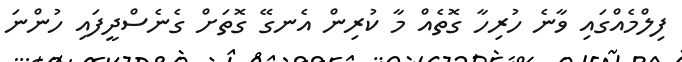
ފިލްމެއްގައި ވާނެ ހުރިހާ ގޮތެއް މާ ކުރިން އެނގޭ ގޮތަށް ގެނެސްދީފައި ހުންނަ